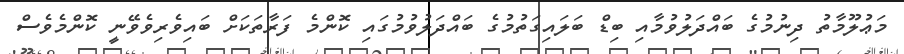
މަޢުލޫމާތު ދިނުމުގެ ބައްދަލުވުމާއި ބިޑް ބަލައިގަތުމުގެ ބައްދަލުވުމުގައި ކޮންމެ ފަރާތަކަށް ބައިވެރިވެވޭނީ ކޮންމެވެސް